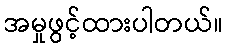
အမှုဖွင့်ထားပါတယ်။